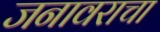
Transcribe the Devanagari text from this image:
जनावराचा